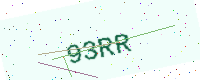
Text: 93RR